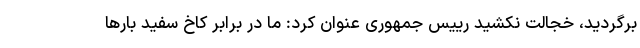
برگردید، خجالت نکشید رییس جمهوری عنوان کرد: ما در برابر کاخ سفید بارها